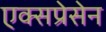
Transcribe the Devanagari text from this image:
एक्सप्रेसेन